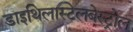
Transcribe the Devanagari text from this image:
डाइथिलस्टिलबेस्ट्रोल